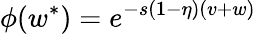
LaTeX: \phi(w^{*})=e^{-s(1-\eta)(v+w)}